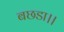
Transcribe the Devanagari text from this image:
बछडा।।